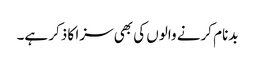
بدنام کرنے والوں کی بھی سزا کا ذکر ہے۔